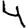
Digit: 4